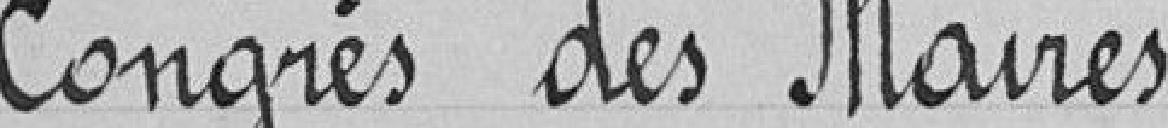
Congrès des Maires.